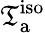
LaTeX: \mathfrak{T}_{\mathrm{{a}}}^{\mathrm{{iso}}}